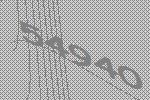
54940